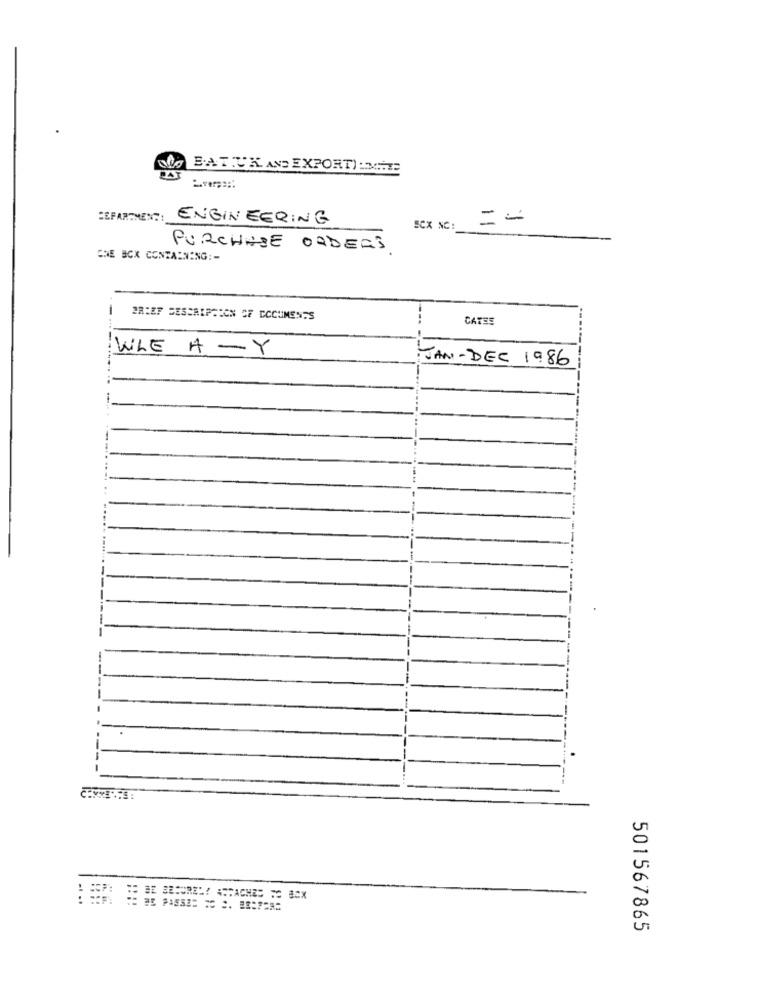
BATUA AND EXPORT) :ME
CEFARGMENT:
ENGINEERING
==
SCX NC:
PURCHASE ORDERS
ONE BOX CONTAINING :-
BRIEF DESCRIPTION OF DOCUMENTS
CATES
WLE A -Y
JAN-DEC 1986
.
501567865